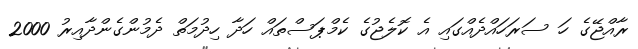
ރާއްޖޭގެ ހަ ސަރަހައްދެއްގައި އެ ކޮލެޖުގެ ކެމްޕަސްތައް ހަދާ ހިދުމަތް ދެމުންގެންދާއިރު 2000